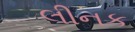
લીનક